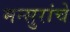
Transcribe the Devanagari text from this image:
मन्सुरांचे